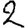
Digit: 2